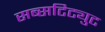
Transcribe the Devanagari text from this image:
सब्सटिट्युट